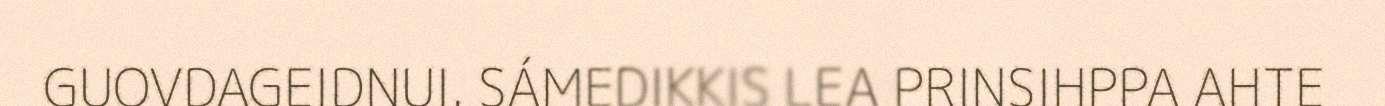
GUOVDAGEIDNUI. SÁMEDIKKIS LEA PRINSIHPPA AHTE